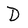
Character: D